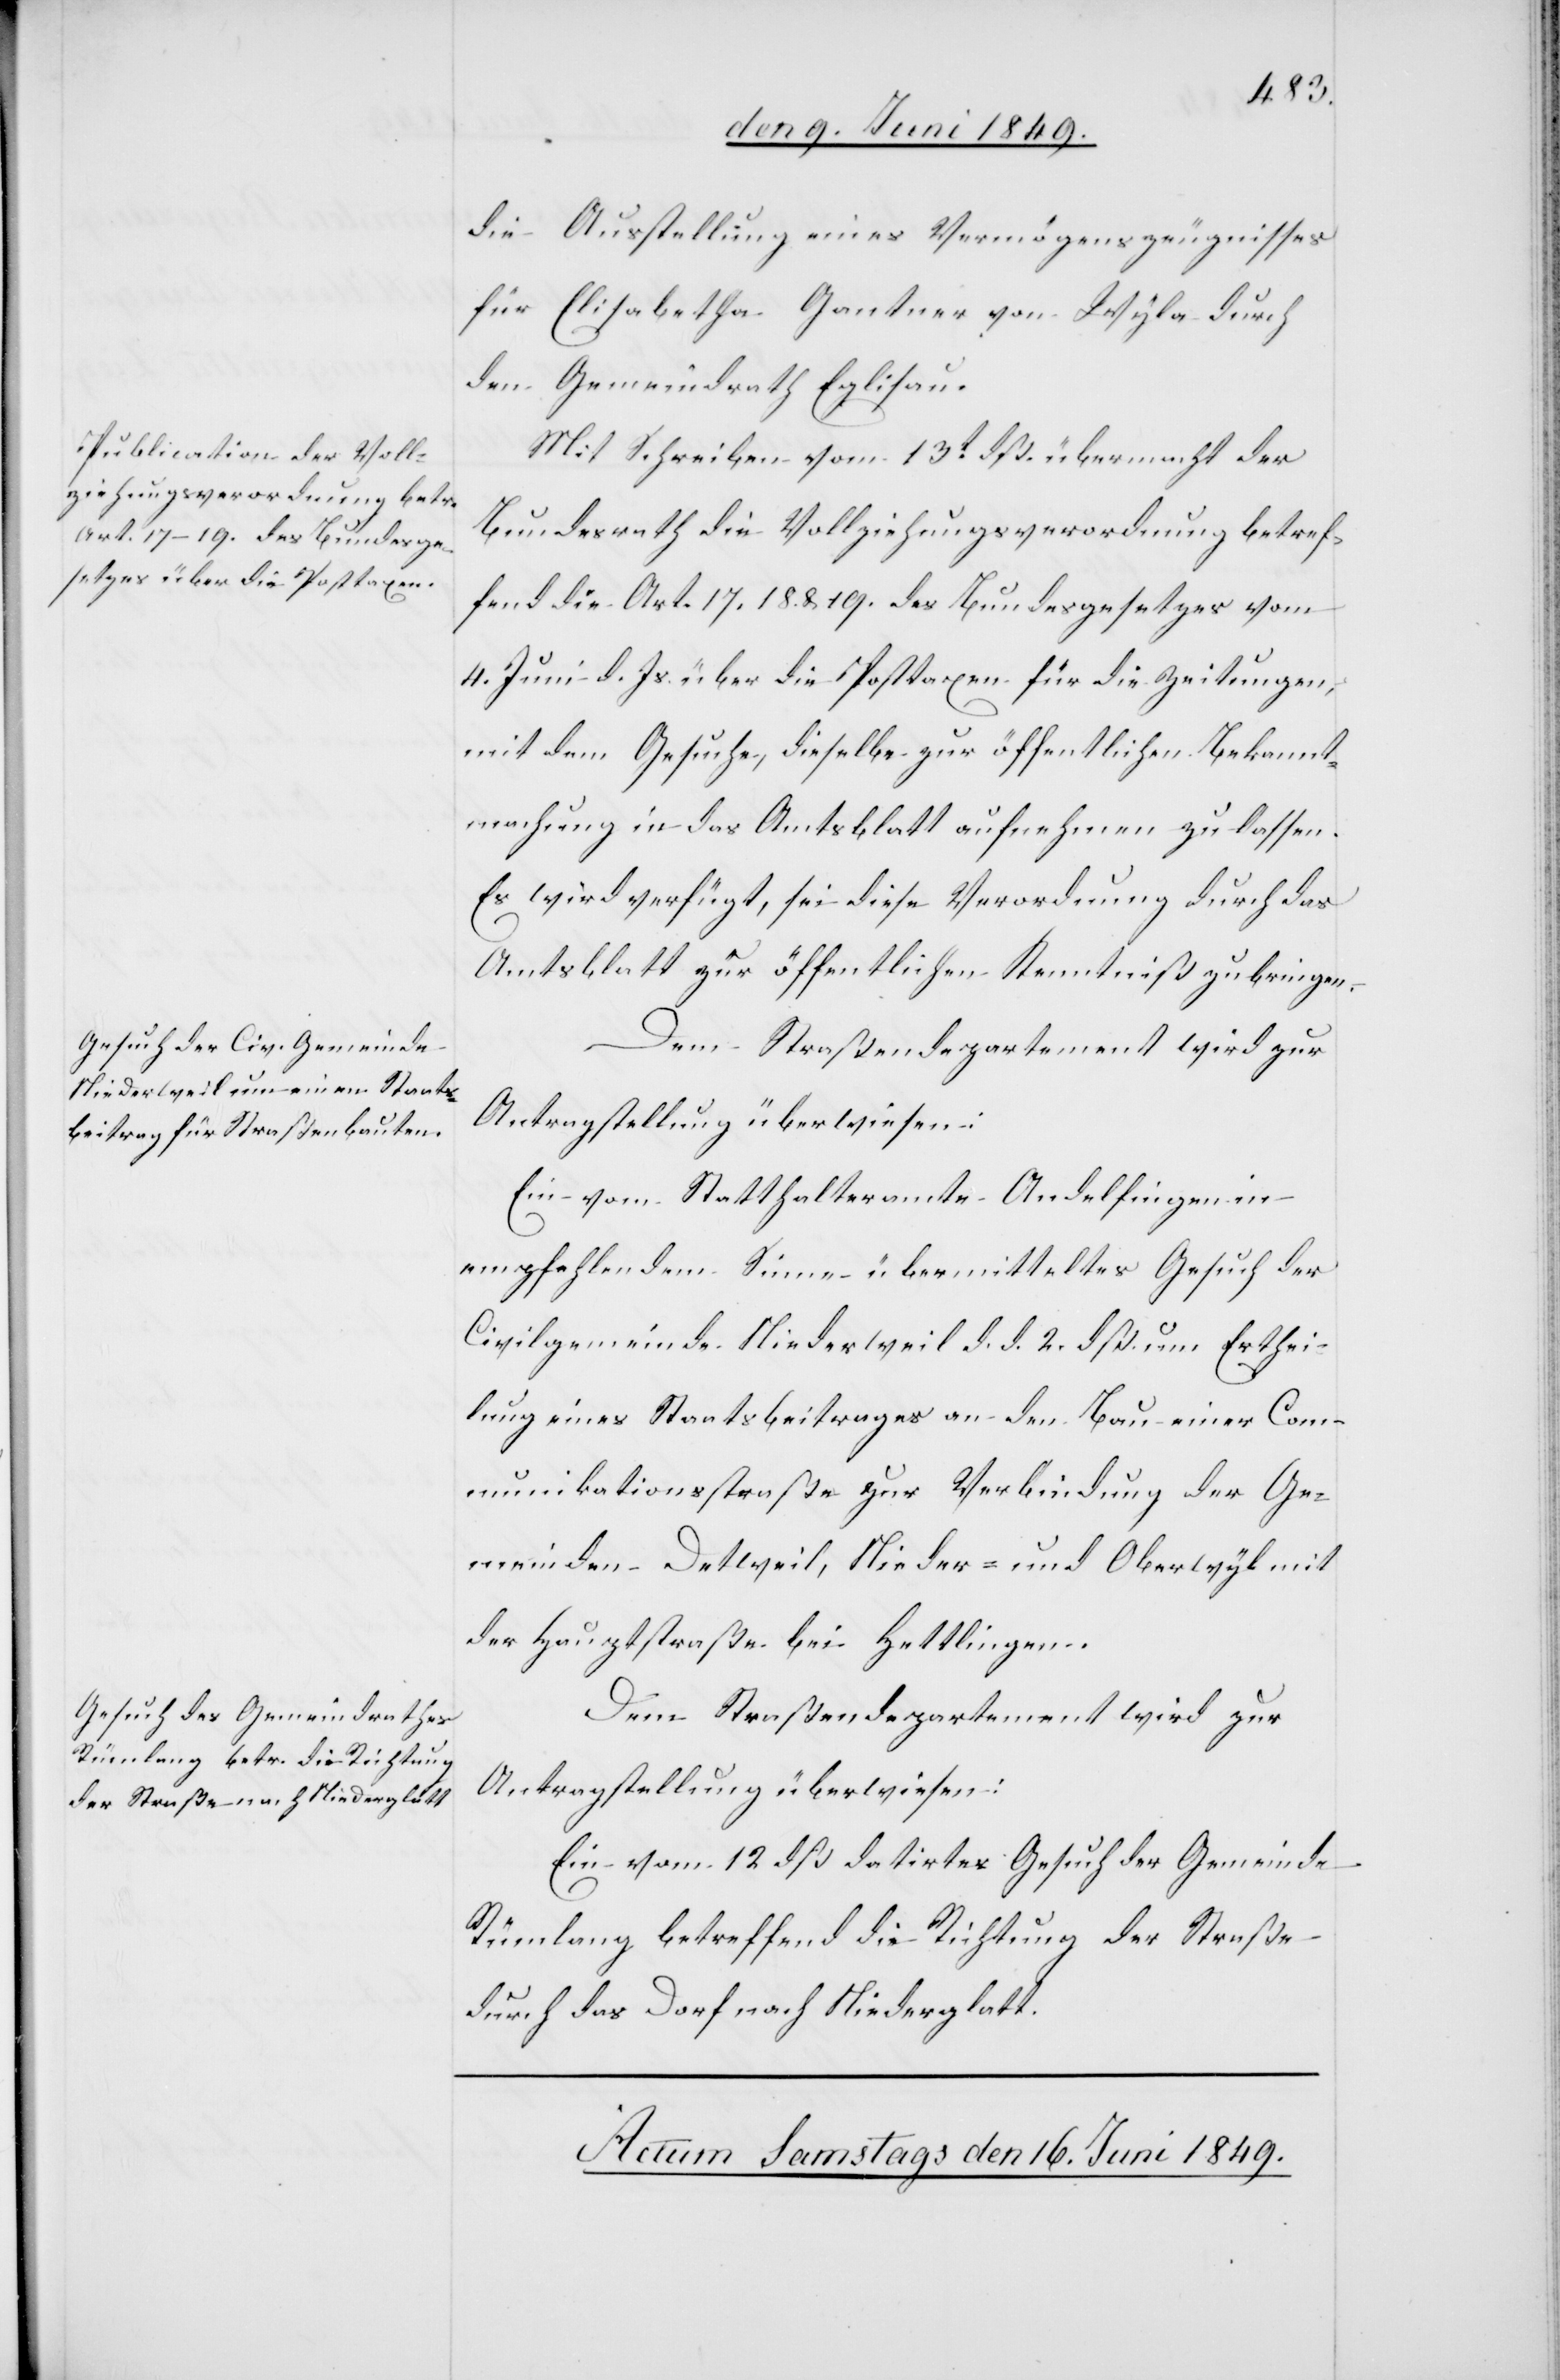
den 15. Juni 1849.]
die Ausstellung eines Vermögenszeugnisses
für Elisabetha Gantner von Wyla durch
den Gemeindrath Eglisau.
Mit Schreiben vom 13t dß. übermacht der
Bundesrath die Vollziehungsverordnung betref¬
fend die Art. 17. 18. u. 19. des Bundesgesetzes vom
4. Juni d. Js. über die Posttaxen für die Zeitungen,
mit dem Gesuche, dieselbe zur öffentlichen Bekannt¬
machung in das Amtsblatt aufnehmen zu lassen.
Es wird verfügt, sei diese Verordnung durch das
Amtsblatt zur öffentlichen Kenntniß zu bringen.
Ein vom Statthalteramte Andelfingen in
empfehlendem Sinne übermitteltes Gesuch der
Civilgemeinde Niederweil d. d. 2. dß. um Erthei¬
lung eines Staatsbeitrages an den Bau einer Com¬
munikationsstraße zur Verbindung der Ge¬
meinden Detweil, Nieder- und Oberwyl mit
der Hauptstraße bei Hettlingen.
Dem Straßendepartement wird zur
Antragstellung überwiesen:
Ein vom 12 dß datirtes Gesuch der Gemeinde
Rümlang betreffend die Richtung der Straße
durch das Dorf nach Niederglatt.